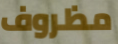
مظروف